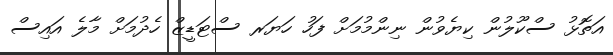
އަތޮޅު ސްކޫލުން ކިޔެވުން ނިންމުމަށް ފަހު ހަޔަރ ސްޓަޑީޒް ހެދުމަށް މާލެ އައިސް